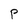
Character: P